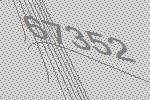
67352